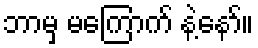
ဘာမှ မကြောက် နဲ့နော်။